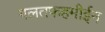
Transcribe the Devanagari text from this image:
गलतफहमीईन